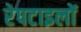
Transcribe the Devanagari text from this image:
रेपटाइलों